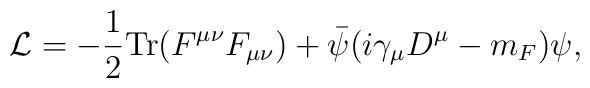
{\cal L} = - \frac{1}{2} {\rm Tr} (F^{\mu \nu}F_{\mu \nu})		+ \bar{\psi} ( i \gamma_{\mu} D^{\mu} - m_F ) \psi ,